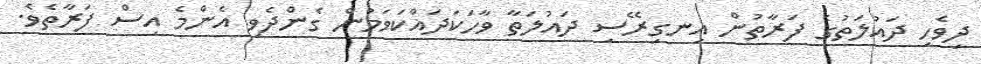
ދިވެހި ދައުލަތުގެ ފަރާތުން އިނގިރޭސި ދައުލަތާ ވާހަކަދައްކަވަމުން ގެންދެވި އެންމެ އިސް ފަރާތެވެ.